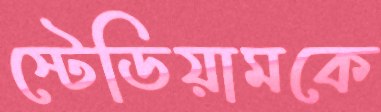
স্টেডিয়ামকে